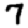
Digit: 7